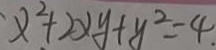
x ^ { 2 } + 2 x y + y ^ { 2 } = 4